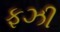
ફઝી